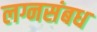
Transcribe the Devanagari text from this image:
लग्नसंबध